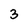
Character: 3